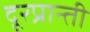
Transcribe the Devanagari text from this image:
दूरप्रान्ती